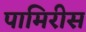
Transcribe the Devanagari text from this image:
पामिरीस